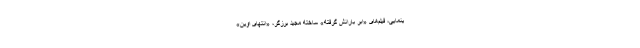
ینمایی، فیلم‌های «ابر بارانش گرفته» ساخته مجید برزگر، «انتهای اوین»